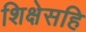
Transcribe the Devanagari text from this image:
शिक्षेसहि